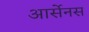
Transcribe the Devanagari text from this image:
आर्सेनस